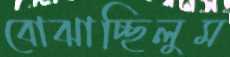
বোঝাচ্ছিলুম